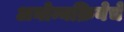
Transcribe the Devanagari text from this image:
अनोन्यक्रियेचे